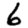
Digit: 6